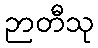
ဉာတီသု